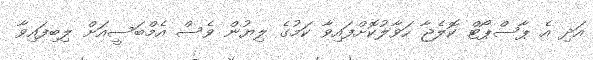
އަދި އެ ޕާސްޕޯޓް ކޮލެޖާ ހަވާލުކޮށްފައިވާ ކަމުގެ ލިޔުން ވެސް އެމްބަސީއަށް ލިބިފައިވާ